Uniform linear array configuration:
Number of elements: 24
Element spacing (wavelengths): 1
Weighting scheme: binomial
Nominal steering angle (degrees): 30
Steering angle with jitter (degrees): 31.221
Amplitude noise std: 0.05
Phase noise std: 0.05

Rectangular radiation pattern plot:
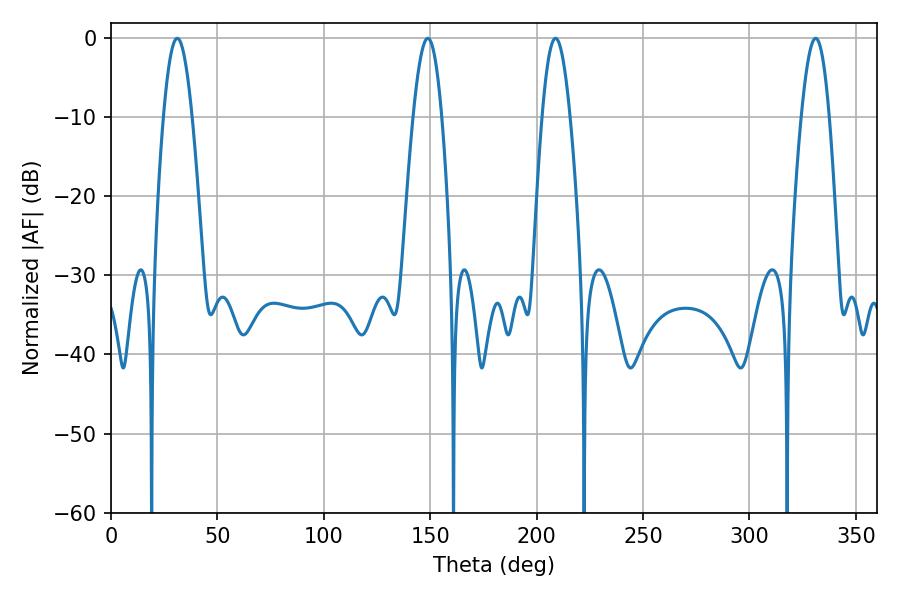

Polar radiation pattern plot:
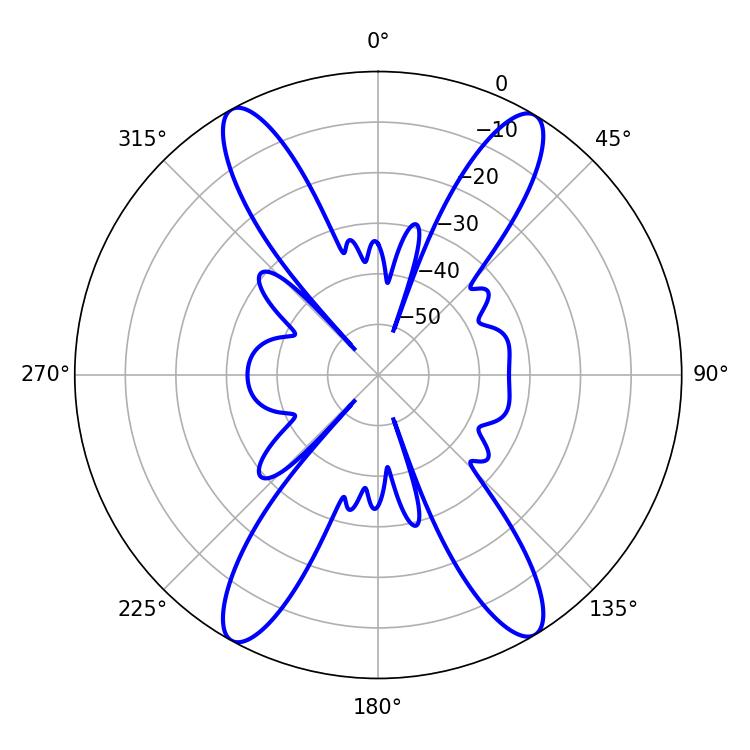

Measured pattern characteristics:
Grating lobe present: TRUE
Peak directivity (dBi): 22.068
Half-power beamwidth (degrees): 7.2
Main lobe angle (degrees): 31.14